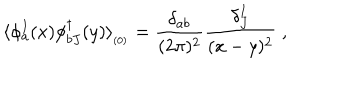
\langle \phi _ { a } ^ { I } ( x ) \phi _ { b J } ^ { \dagger } ( y ) \rangle _ { _ { ( 0 ) } } = \frac { \delta _ { a b } } { ( 2 \pi ) ^ { 2 } } \frac { \delta _ { J } ^ { I } } { ( x - y ) ^ { 2 } } \; ,